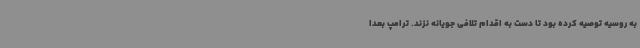
به روسیه توصیه کرده بود تا دست به اقدام تلافی جویانه نزند. ترامپ بعدا